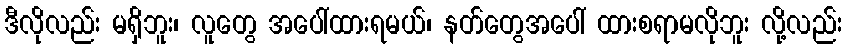
ဒီလိုလည်း မရှိဘူး၊ လူတွေ အပေါ်ထားရမယ်၊ နတ်တွေအပေါ် ထားစရာမလိုဘူး လို့လည်း